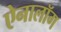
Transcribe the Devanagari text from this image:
ऐनालॉग